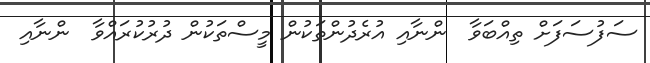
ސަފުސަފަށް ތިއްބަވާ  ންނާއި އުރެދުންތަކުން މީސްތަކުން ދުރުކުރައްވާ  ންނާއި